Annual report of the Imperial Bacteriologist
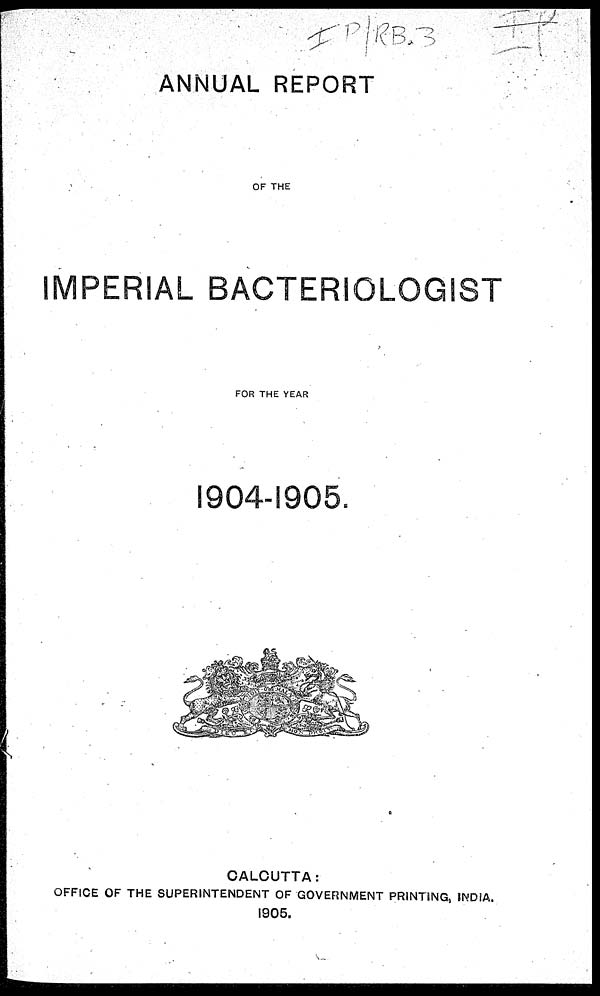
ANNUAL REPORT
OF THE
IMPERIAL BACTERIOLOGIST
FOR THE YEAR
1904-1905.
CALCUTTA:
OFFICE OF THE SUPERINTENDENT OF GOVERNMENT PRINTING, INDIA.
1905.